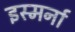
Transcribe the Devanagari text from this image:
इस्मर्ना